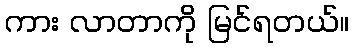
ကား လာတာကို မြင်ရတယ်။